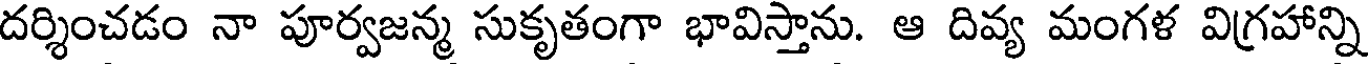
దర్శించడం నా పూర్వజన్మ సుకృతంగా భావిస్తాను. ఆ దివ్య మంగళ విగ్రహాన్ని